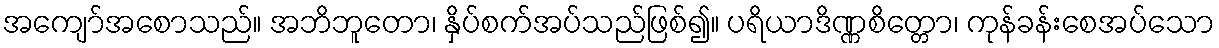
အကျော်အစောသည်။ အဘိဘူတော၊ နှိပ်စက်အပ်သည်ဖြစ်၍။ ပရိယာဒိဏ္ဏစိတ္တော၊ ကုန်ခန်းစေအပ်သော